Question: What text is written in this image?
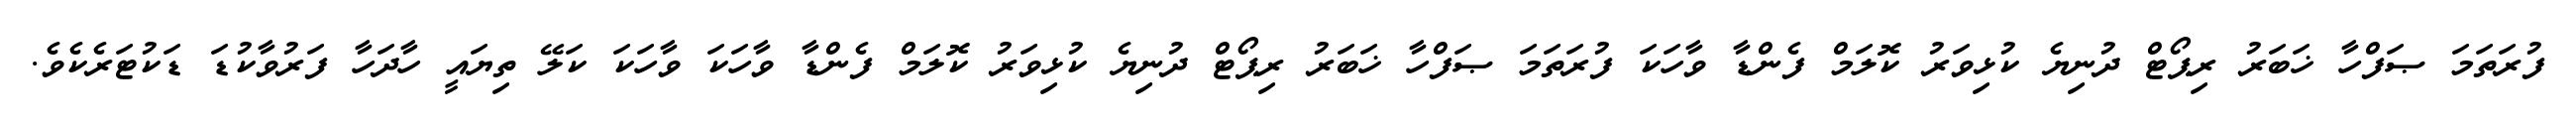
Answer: ފުރަތަމަ ޞަފްހާ ޚަބަރު ރިޕޯޓް ދުނިޔެ ކުޅިވަރު ކޮލަމް ފެންޑާ ވާހަކަ ފުރަތަމަ ޞަފްހާ ޚަބަރު ރިޕޯޓް ދުނިޔެ ކުޅިވަރު ކޮލަމް ފެންޑާ ވާހަކަ ވާހަކަ ކަލޭ ތިޔައީ ހާދަހާ ފަރުވާކުޑަ ޑަކުޓަރެކެވެ.